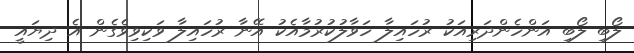
ލޯބި ލޯބި އަންހެންދަރިއަކު ރުހައިލާ ހަވާލުކުރުމާއެކު އޭނާ ރުހައިލާ ވަކިވިވެގެން އެ ދިޔައީ